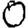
Digit: 0